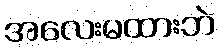
အလေးမထားဘဲ